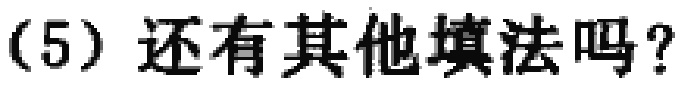
（5）还有其他填法吗？